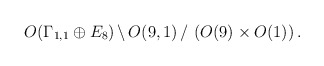
\begin{align*}O(\Gamma_{1,1} \oplus E_8)\, \backslash \,O(9,1) \, / \,\left(O(9) \times O(1) \right).\end{align*}